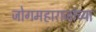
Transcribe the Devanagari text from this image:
जोगमहाराजांच्या